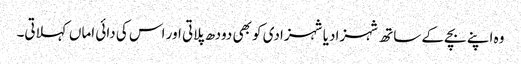
وہ اپنے بچے کے ساتھ شہزادیا شہزادی کو بھی دودھ پلاتی اور اس کی دائی اماں کہلاتی۔